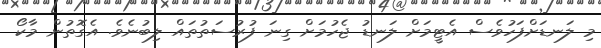
މި ލަނޑަށްފަހުވެސް އެޓީމަށް ލަނޑު ޖެހުމަށް ގިނަ ފުރުސަތުތައް ލިބުނެވެ. އެގޮތުން މާކޯ